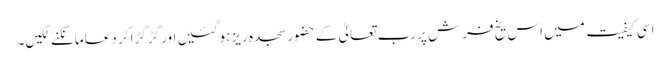
اسی کیفیت میں اس یخ فرش پر رب تعالیٰ کے حضور سجدہ ریز ہوگئیں اور گڑگڑا کر دعا مانگنے لگیں۔